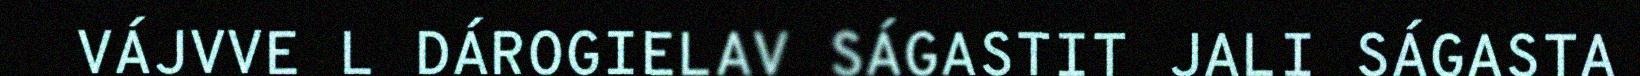
VÁJVVE L DÁROGIELAV SÁGASTIT JALI SÁGASTA